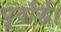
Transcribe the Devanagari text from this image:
पूर्वार्द्ध।